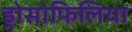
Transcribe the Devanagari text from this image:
ड्रोसोफिलिया